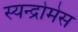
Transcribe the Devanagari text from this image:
स्यन्द्रोमेस